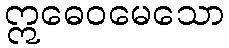
ဣဓေဝမေသော